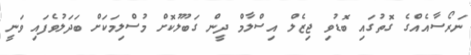
ނަރޯސާއެއްގެ ގޮތުގައި ބޮޑުވި ޖިޒެލް އިސްލާމް ދީން ގަބޫލުކޮށް މުސްލިމަކަށް ބަދަލުވެފައި ވަނީ